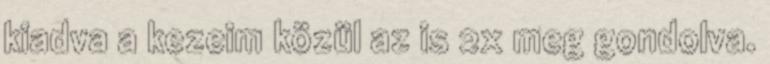
kiadva a kezeim közül az is 2x meg gondolva.